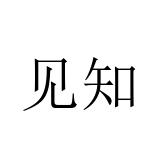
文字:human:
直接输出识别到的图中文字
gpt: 见知